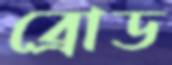
ব্রোড